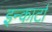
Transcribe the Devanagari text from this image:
इन्कार्टा